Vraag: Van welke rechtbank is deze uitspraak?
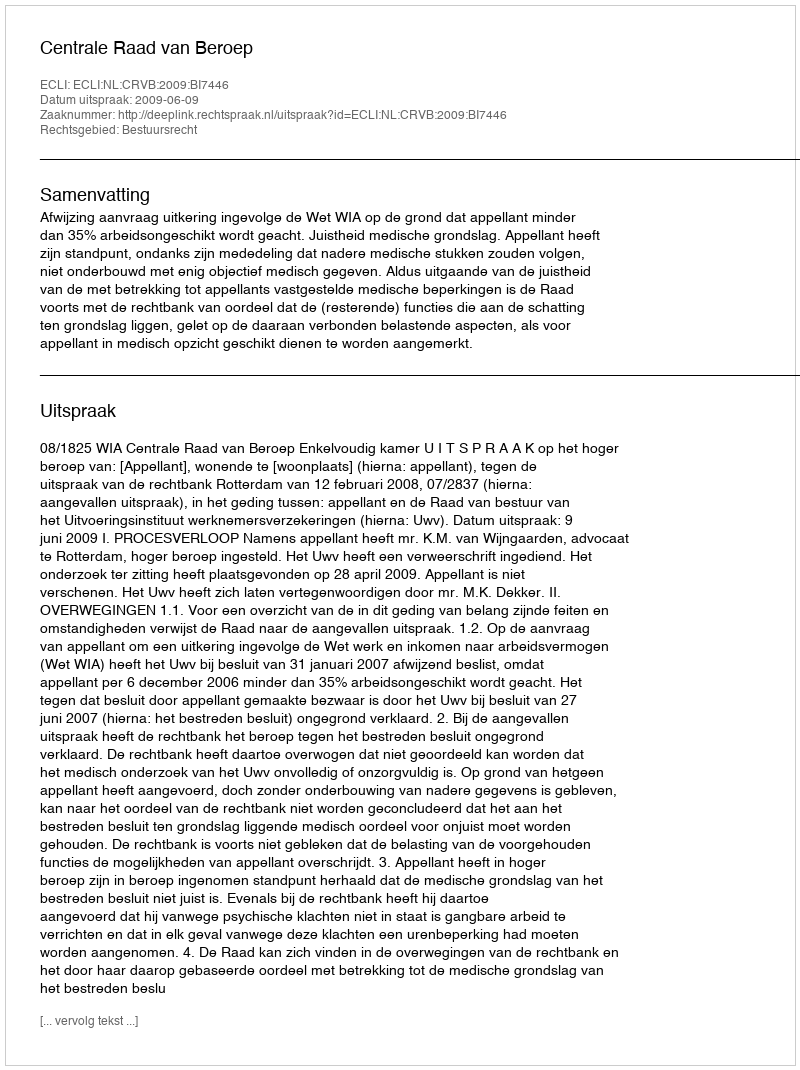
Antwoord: Centrale Raad van Beroep